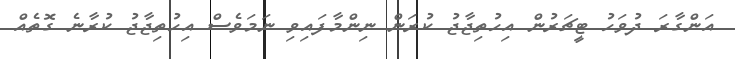
އަންގާރަ ދުވަހު ޓީޗަރުން އިހުތިޖާޖު ކުރަން ނިންމާފައިވި ނަމަވެސް އިހުތިޖާޖު ކުރާނެ ގޮތެއް